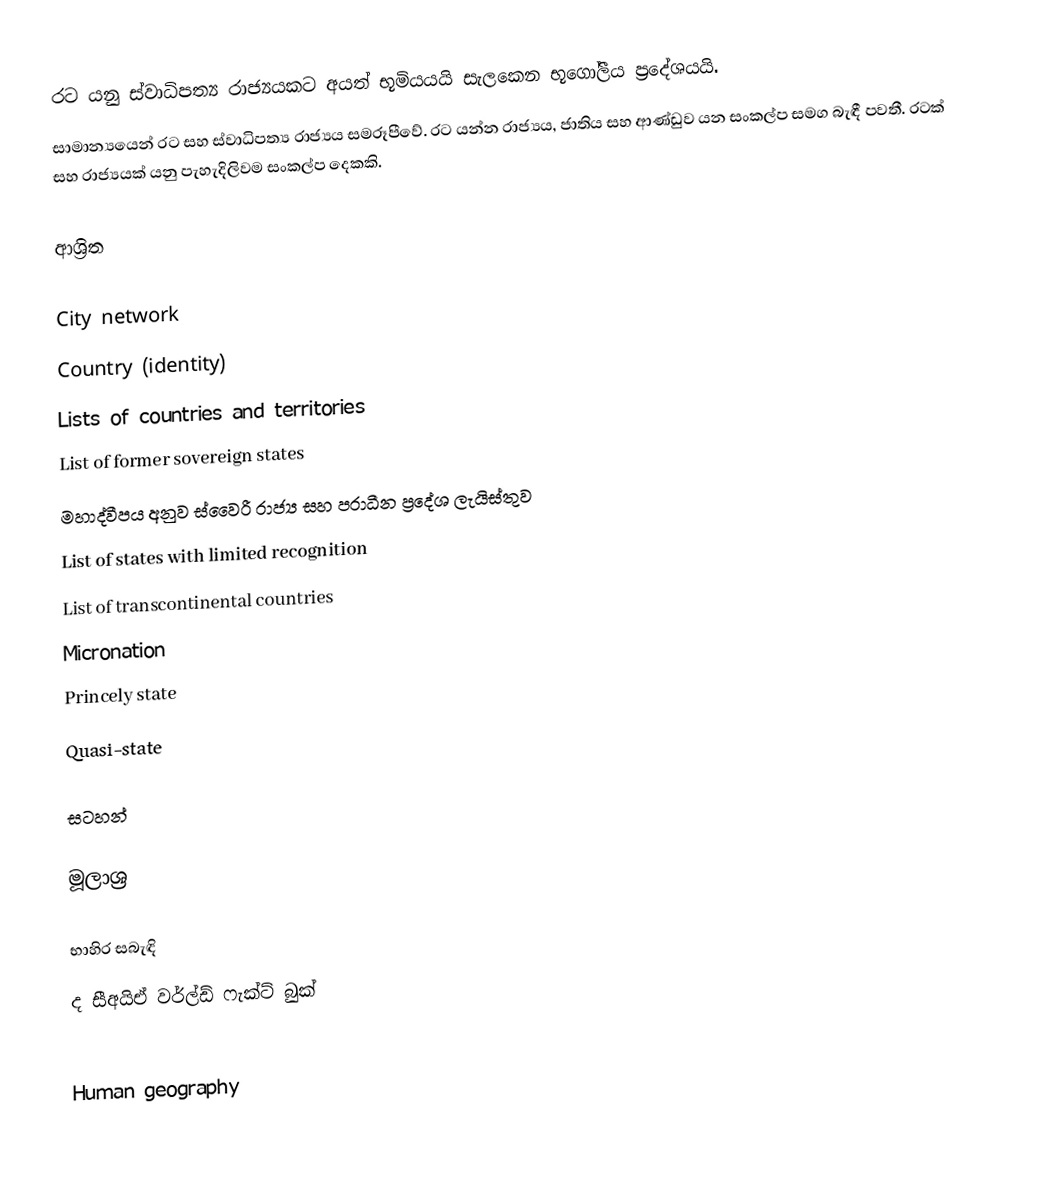
රට යනු ස්වාධිපත්‍ය රාජ්‍යයකට අයත් භූමියයයි සැලකෙන භූගෝලීය ප්‍රදේශයයි.
සාමාන්‍යයෙන් රට සහ ස්වාධිපත්‍ය රාජ්‍යය සමරූපීවේ. රට යන්න රාජ්‍යය, ජාතිය සහ ආණ්ඩුව යන සංකල්ප සමග බැඳී පවතී. රටක් සහ රාජ්‍යයක් යනු පැහැදිලිවම සංකල්ප දෙකකි.

ආශ්‍රිත

 City network
 Country (identity)
 Lists of countries and territories
 List of former sovereign states
 මහාද්වීපය අනුව ස්වෛරී රාජ්‍ය සහ පරාධීන ප්‍රදේශ ලැයිස්තුව
 List of states with limited recognition
 List of transcontinental countries
 Micronation
 Princely state
 Quasi-state

සටහන්

මූලාශ්‍ර

භාහිර සබැඳි
 ද සීඅයිඒ වර්ල්ඩ් ෆැක්ට් බුක්

Human geography